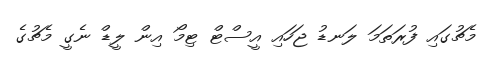
މެޗުގައި ފުރަތަމަ ލަނޑު ޖަހައި އީސްޓް ޓިމޯ އިން ލީޑް ނެގީ މެޗުގެ